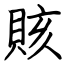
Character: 賅